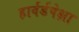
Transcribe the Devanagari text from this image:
हार्वर्डपेक्षा